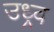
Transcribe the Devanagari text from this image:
उध्र्व